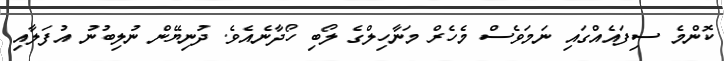
ކޮންމެ ސިފައެއްގައި ނަމަވެސް މެހެރް މަނާހިލްގެ ލޯބި ހޯދާނެއެވެ. ދުނިޔޭން ނުލިބުނު އުފަލާއި